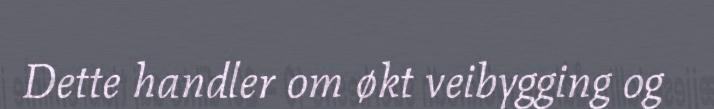
Dette handler om økt veibygging og